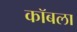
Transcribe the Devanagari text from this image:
कॉबला